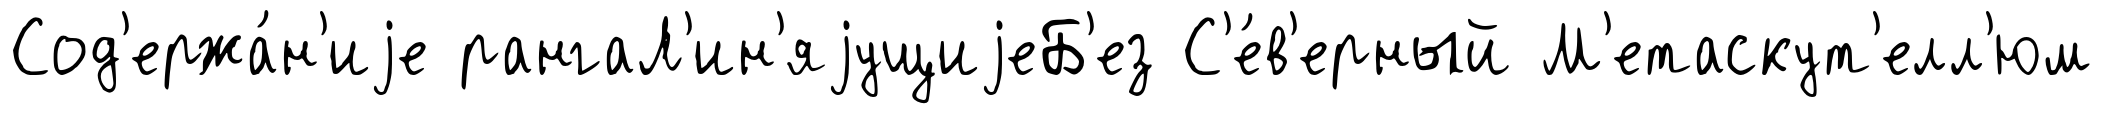
Сод'ержа́н'иjе рангаЛ'ин'яjущиjеБ'ез С'е́в'ерный М'етаскут'елл'юм